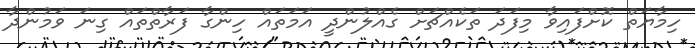
ހިމާޔަތް ކޮށްފައިވާ މިފަދަ ތަކެއްޗަށް ގެއްލުންދީ އަމަތައް ހިންގާ ފަރާތްތައް ގިނަ ވަމުންދާ